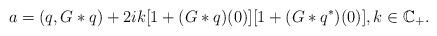
LaTeX: \begin{align*}a=({q}, G\ast{q})+2ik[1+(G\ast{q})(0)][1+(G\ast{{q}^*})(0)], k\in\mathbb{C}_+.\end{align*}